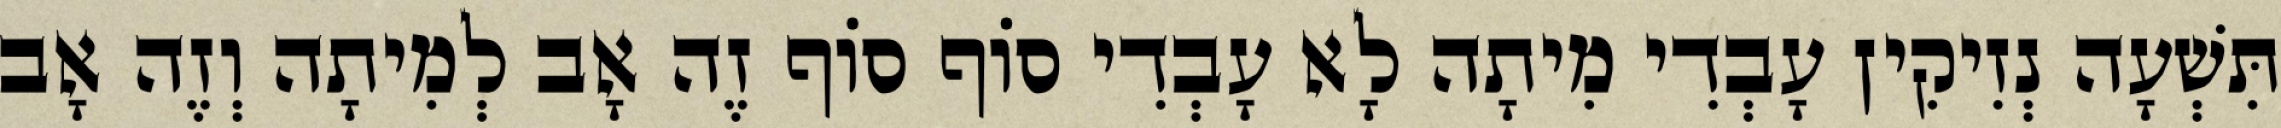
תִּשְׁעָה נְזִיקִין עָבְדִי מִיתָה לָא עָבְדִי סוֹף סוֹף זֶה אָב לְמִיתָה וְזֶה אָב